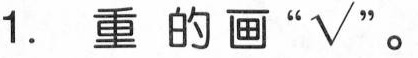
1 . 重 的 画 “ √ ”。